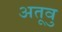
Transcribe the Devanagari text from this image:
अतूवु